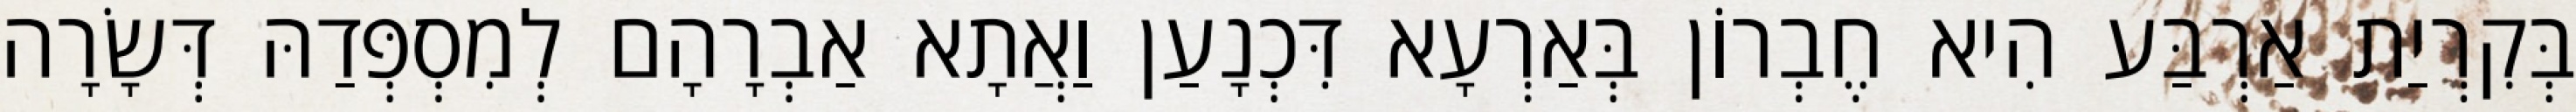
בְּקִרְיַת אַרְבַּע הִיא חֶבְרוֹן בְּאַרְעָא דִּכְנָעַן וַאֲתָא אַבְרָהָם לְמִסְפְּדַהּ דְּשָׂרָה